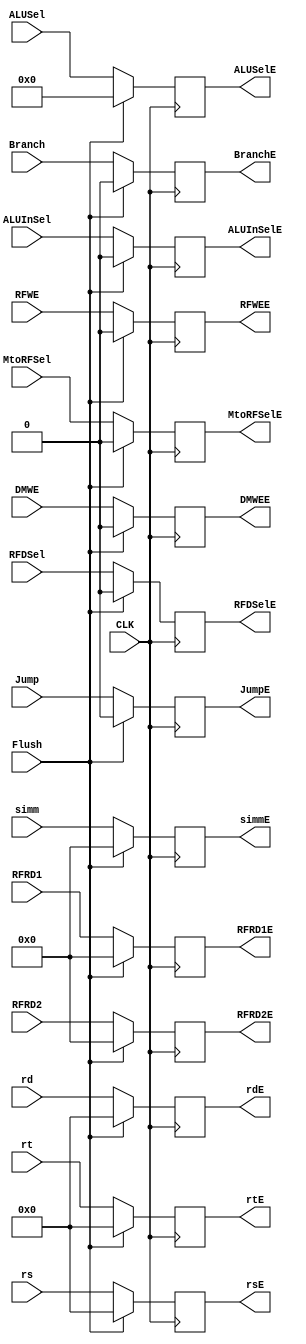
`timescale 1ns / 1ps
//////////////////////////////////////////////////////////////////////////////////
// Company: 
// Engineer: 
// 
// Design Name: 
// Module Name: DECODE
// Project Name: 
// Target Devices: 
// Tool Versions: 
// Description: 
// 
// Dependencies: 
// 
// Revision:
// Revision 0.01 - File Created
// Additional Comments:
// 
//////////////////////////////////////////////////////////////////////////////////


module DECODE(
input CLK,Flush,
input [4 : 0]  rs,rt,rd,
input [31 : 0] RFRD1,RFRD2,
input [31 : 0] simm,
//input [31 : 0] PCp1D,

input RFWE,MtoRFSel,DMWE,Branch,ALUInSel,RFDSel,Jump,
input [3 : 0] ALUSel,

output reg [4 : 0] rsE,rtE,rdE,
output reg [31 : 0] RFRD1E,
output reg [31 : 0] RFRD2E,
output reg[31 : 0] simmE,
//output reg [31 : 0] PCp1E,

output reg RFWEE,MtoRFSelE,DMWEE,BranchE,ALUInSelE,RFDSelE,JumpE,
output reg  [3 : 0] ALUSelE
    );
    initial begin
    rsE <= 5'b0;
    rtE <= 5'b0;
    rdE <= 5'b0;
    RFRD1E <= 32'b0;
    RFRD2E <= 32'b0;
    simmE <= 32'b0;
    //PCp1E <= 32'b0;
    
    //CONTROL UNIT//
    RFWEE <= 1'b0;
    MtoRFSelE <= 1'b0;
    DMWEE <= 1'b0;
    BranchE <= 1'b0;
    ALUInSelE <= 1'b0;
    ALUSelE <= 4'b0;
    RFDSelE <= 1'b0;  
    JumpE <= 1'b0;  
    end
    
    always @(posedge CLK)begin
    
    if (Flush == 1'b1) begin 
    rsE <= 5'b0;
    rtE <= 5'b0;
    rdE <= 5'b0;
    RFRD1E <= 32'b0;
    RFRD2E <= 32'b0;
    simmE <= 32'b0;
    //PCp1E <= 32'b0;
   
   
    //CONTROL UNIT//
    RFWEE <= 1'b0;
    MtoRFSelE <= 1'b0;
    DMWEE <= 1'b0;
    BranchE <= 1'b0;
    ALUInSelE <= 1'b0;
    ALUSelE <= 4'b0;
    RFDSelE <= 1'b0;  
    JumpE <= 1'b0;  
    
    end
    
    else begin
    rsE <= rs;
    rtE <= rt;
    rdE <= rd;
    RFRD1E <= RFRD1;
    RFRD2E <= RFRD2;
    simmE <= simm;
    //PCp1E <= PCp1D;
    
    //CONTROL UNIT//
    RFWEE <= RFWE;
    MtoRFSelE <= MtoRFSel;
    DMWEE <= DMWE;
    BranchE <= Branch;
    ALUInSelE <= ALUInSel;
    ALUSelE <= ALUSel;
    RFDSelE <= RFDSel;  
    JumpE <= Jump;  
    
    end
    
    end
    
endmodule